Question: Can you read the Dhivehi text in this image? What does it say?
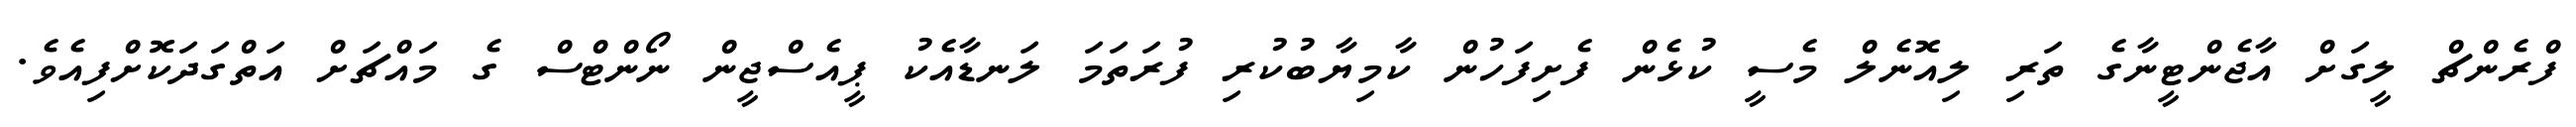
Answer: ފްރެންޗް ލީގަށް އާޖެންޓީނާގެ ތަރި ލިއޮނެލް މެސީ ކުޅެން ފެށިފަހުން ކާމިޔާބުކުރި ފުރަތަމަ ލަނޑާއެކު ޕީއެސްޖީން ނޯންޓްސް ގެ މައްޗަށް އަތްގަދަކޮށްފިއެވެ.